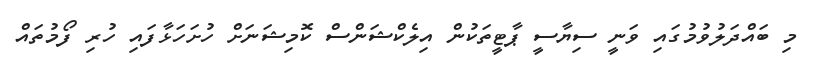
މި ބައްދަލުވުމުގައި ވަނީ ސިޔާސީ ޕާޓީތަކުން އިލެކްޝަންސް ކޮމިޝަނަށް ހުށަހަޅާފައި ހުރި ފޯމުތައް